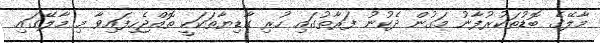
މާލޭގެ ބޮޑުތަކުރުފާނު މަގުން ދެކުނު ފަރާތުގައި ހުރި ގާޑިޔާތަކަކީ ތޮއްޖެހިފައިވާ މި މާލޭގައި